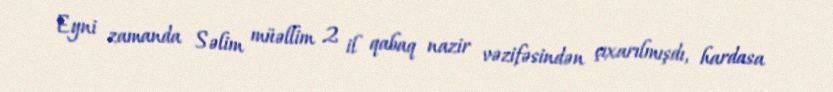
Eyni zamanda Səlim müəllim 2 il qabaq nazir vəzifəsindən çıxarılmışdı, hardasa